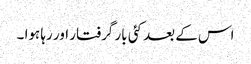
اس کے بعد کئی بار گرفتار اور رہا ہوا ۔